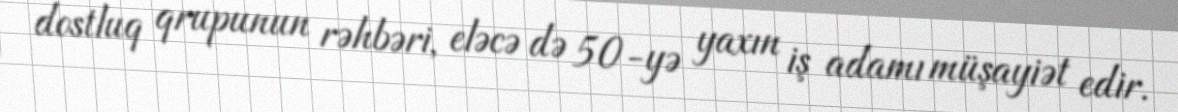
dostluq qrupunun rəhbəri, eləcə də 50-yə yaxın iş adamı müşayiət edir.